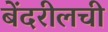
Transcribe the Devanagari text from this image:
बेंदरीलची